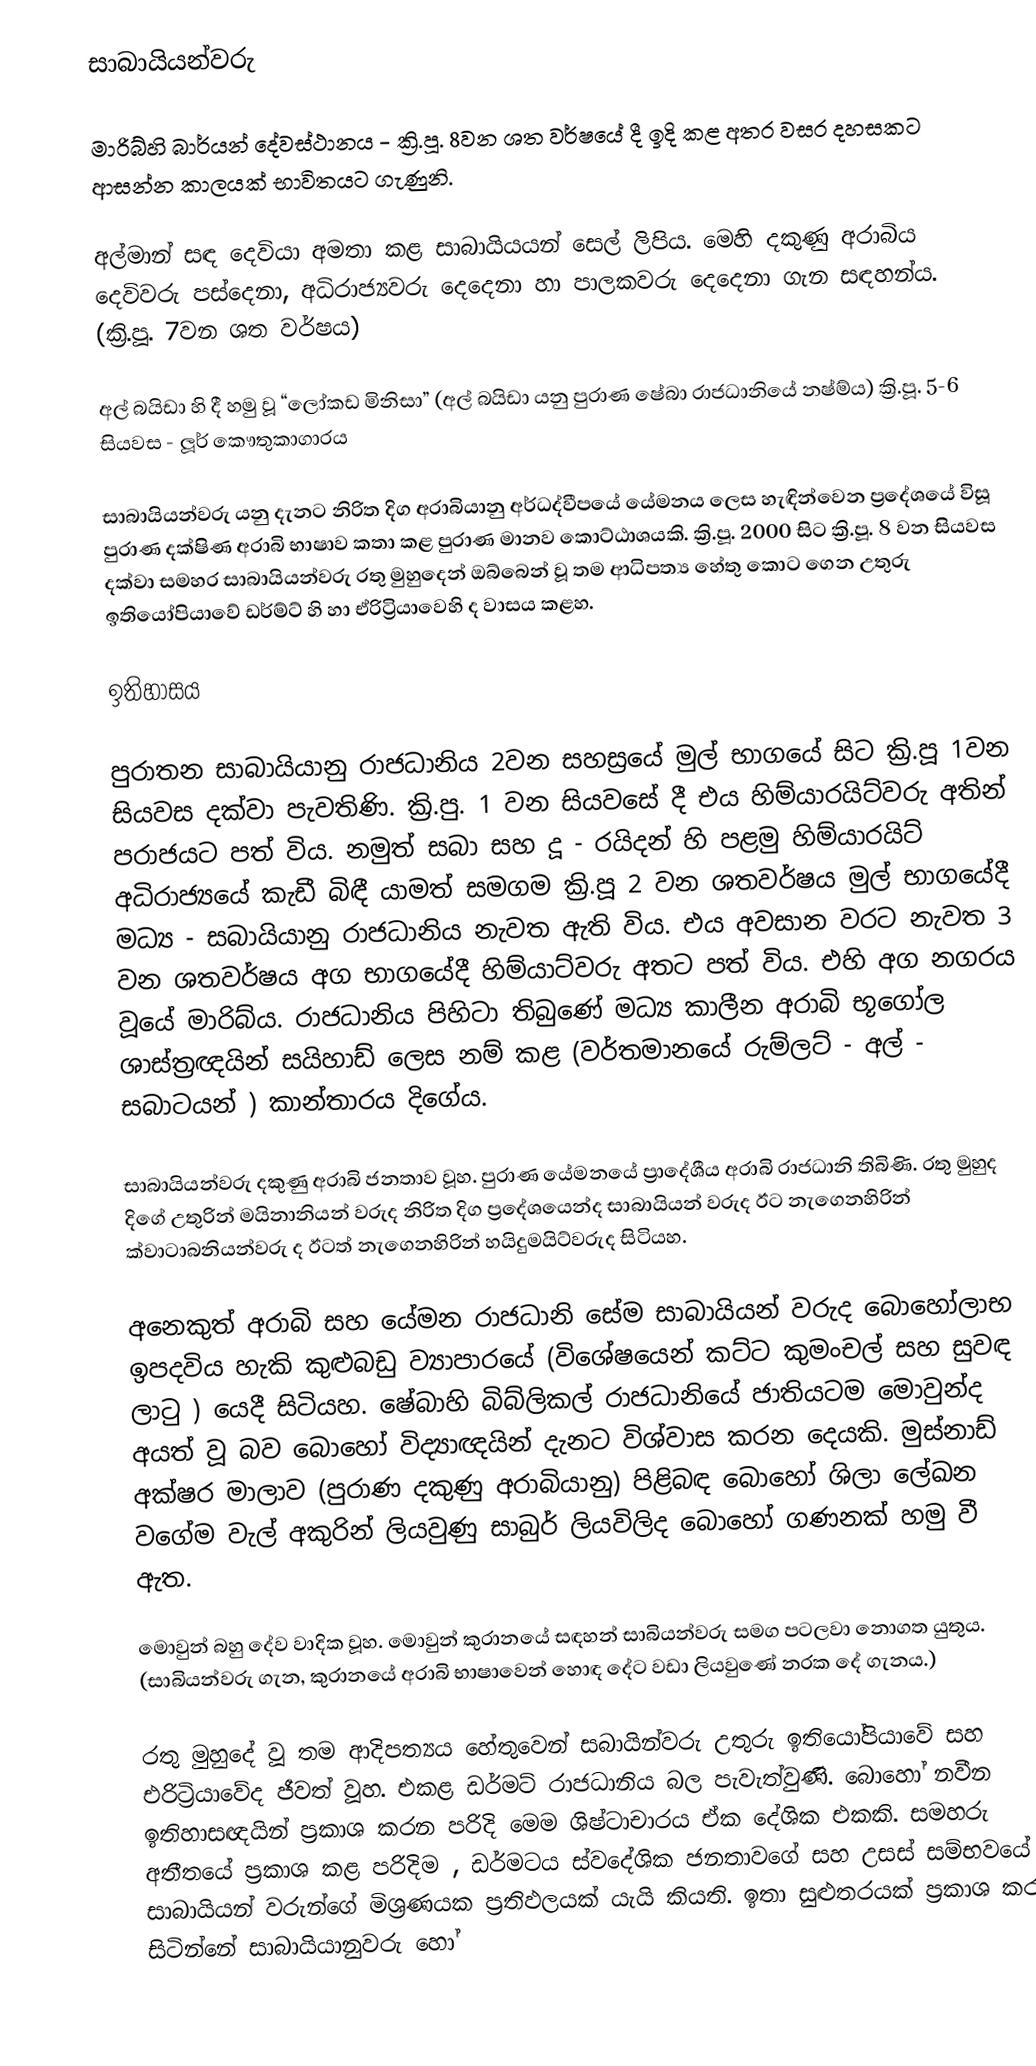
සාබායියන්වරු

මාරිබ්හි බාර්යන් දේවස්ථානය - ක්‍රි.පූ. 8වන ශත වර්ෂයේ දී ඉදි කළ අතර වසර දහසකට ආසන්න කාලයක් භාවිතයට ගැණුනි.

අල්මාන් සඳ දෙවියා අමතා කළ සාබායියයන් සෙල් ලිපිය. මෙහි දකුණු අරාබිය දෙවිවරු පස්දෙනා, අධිරාජ්‍යවරු දෙදෙනා හා පාලකවරු දෙදෙනා ගැන සඳහන්ය. (ක්‍රි.පූ. 7වන ශත වර්ෂය)

අල් බයිඩා හි දී හමු වූ “ලෝකඩ මිනිසා” (අල් බයිඩා යනු පුරාණ ෂේබා රාජධානියේ නෂ්ම්ය) ක්‍රි.පූ. 5-6 සියවස - ලූර් කෞතුකාගාරය

සාබායියන්වරු යනු දැනට නිරිත දිග අරාබියානු අර්ධද්වීපයේ යේමනය ලෙස හැඳින්වෙන ප්‍රදේශයේ විසූ පුරාණ දක්ෂිණ අරාබි භාෂාව කතා කළ පුරාණ මානව කොට්ඨාශයකි. ක්‍රි.පූ. 2000 සිට ක්‍රි.පූ. 8 වන සියවස දක්වා සමහර සාබායියන්වරු රතු මුහුදෙන් ඔබ්බෙන් වූ තම ආධිපත්‍ය හේතු කොට ගෙන උතුරු ඉතියෝපියාවේ ඩර්ම්ට් හි හා ඒරිට්‍රියාවෙහි ද වාසය කළහ.

ඉතිහාසය

පුරාතන සාබායියානු රාජධානිය 2වන සහස්‍රයේ මුල් භාගයේ සිට ක්‍රි.පූ 1වන සියවස දක්වා පැවතිණි. ක්‍රි.පු. 1 වන සියවසේ දී එය හිම්යාරයිට්වරු අතින් පරාජයට පත් විය. නමුත් සබා සහ දූ - රයිදන් හි පළමු හිම්යාරයිට් අධිරාජ්‍යයේ කැඩී බිඳී යාමත් සමගම ක්‍රි.පූ 2 වන ශතවර්ෂය මුල් භාගයේදී මධ්‍ය - සබායියානු රාජධානිය නැවත ඇති විය. එය අවසාන වරට නැවත 3 වන ශතවර්ෂය අග භාගයේදී හිම්යාට්වරු අතට පත් විය. එහි අග නගරය වූයේ මාරිබ්ය. රාජධානිය පිහිටා තිබුණේ මධ්‍ය කාලීන අරාබි භූගෝල ශාස්ත්‍රඥයින් සයිහාඩ් ලෙස නම් කළ (වර්තමානයේ රුම්ලට් - අල්  - සබාටයන් ) කාන්තාරය දිගේය.

සාබායියන්වරු දකුණු අරාබි ජනතාව වූහ. පුරාණ යේමනයේ ප්‍රාදේශීය අරාබි රාජධානි තිබිණි. රතු මුහුද දිගේ උතුරින් මයිනානියන් වරුද නිරිත දිග ප්‍රදේශයෙන්ද සාබායියන් වරුද ඊට නැගෙනහිරින් ක්වාටාබනියන්වරු  ද ඊටත් නැගෙනහිරින් හයිදුමයිට්වරුද සිටියහ.

අනෙකුත් අරාබි සහ යේමන රාජධානි සේම සාබායියන් වරුද බොහෝලාභ ඉපදවිය හැකි කුළුබඩු ව්‍යාපාරයේ (විශේෂයෙන් කට්ට කුමංචල් සහ සුවඳ ලාටු ) යෙදී සිටියහ‍. ෂේබාහි බිබ්ලිකල් රාජධානියේ ජාතියටම මොවුන්ද අයත් වූ බව බොහෝ විද්‍යාඥයින් දැනට විශ්වාස කරන දෙයකි. මුස්නාඩ් අක්ෂර මාලාව (පුරාණ දකුණු අරාබියානු) පිළිබඳ බොහෝ ශිලා ලේඛන වගේම වැල් අකුරින් ලියවුණු සාබුර් ලියවිලිද බොහෝ ගණනක් හමු වී ඇත.

මොවුන් බහු දේව වාදික වූහ. මොවුන් කුරානයේ සඳහන් සාබියන්වරු සමග පටලවා නොගත යුතුය. (සාබියන්වරු ගැන, කුරානයේ අරාබි භාෂාවෙන් හොඳ දේට වඩා ලියවුණේ නරක දේ ගැනය.)

රතු මුහුදේ වූ තම ආදිපත්‍යය හේතුවෙන් සබායින්වරු උතුරු ඉතියෝපියාවේ සහ එරිට්‍රියාවේද ජීවත් වූහ. එකළ ඩර්මට් රාජධානිය බල පැවැත්වුණි. බොහෝ නවීන ඉතිහාසඥයින් ප්‍රකාශ කරන පරිදි මෙම ශිෂ්ටාචාරය ඒක දේශික එකකි. සමහරු අතීතයේ ප්‍රකාශ කළ පරිදිම , ඩර්මටය ස්වදේශික ජනතාවගේ සහ උසස් සම්භවයේ සාබායියන් වරුන්ගේ මිශ්‍රණයක ප්‍රතිඵලයක් යැයි කියති. ඉතා සුළුතරයක් ප්‍රකාශ කර සිටින්නේ සාබායියානුවරු හෝ